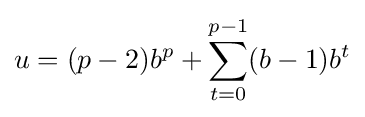
u=(p-2)b^{p}+\sum _{t=0}^{p-1}(b-1)b^{t}